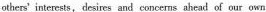
others' interests. Desires and concems ahead of our own